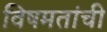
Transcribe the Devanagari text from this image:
विषमतांची